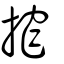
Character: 搾